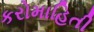
કરોમાહિતી